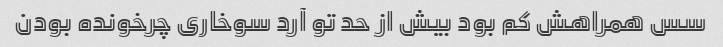
سس همراهش کم بود بیش از حد تو آرد سوخاری چرخونده بودن